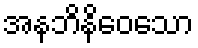
အနဘိနိဝေသော